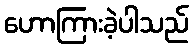
ဟောကြားခဲ့ပါသည်